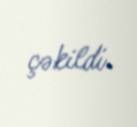
çəkildi.